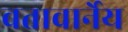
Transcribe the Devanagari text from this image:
वतावार्नेय